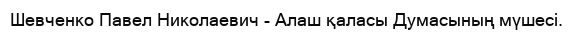
Шевченко Павел Николаевич - Алаш қаласы Думасының мүшесі.